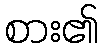
စား၏